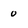
Character: 0